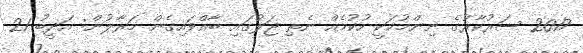
2017 ސަރުކާރުގެ ނިންމުމަކީ ހުކުމެއް ނެތި ޖަލުގައި ބާއްވައިގެން މަރާލުން: އަދީބު 21